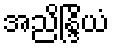
အညိန္ဒြိယံ